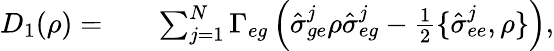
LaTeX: \begin{array}{rlr}{D_{1}(\rho)=}&{{}}&{\sum_{j=1}^{N}\Gamma_{eg}\left(\hat{\sigma}_{ge}^{j}\rho\hat{\sigma}_{eg}^{j}-\frac{1}{2}\{ \hat{\sigma}_{ee}^{j},\rho\} \right),}\end{array}